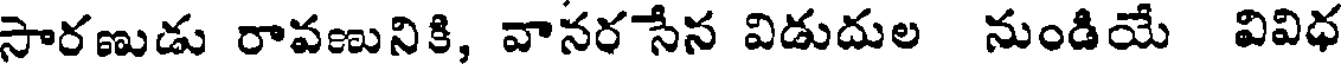
సారణుడు రావణునికి, వానర సేన విడుదుల నుండియే వివిధ